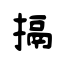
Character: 搹